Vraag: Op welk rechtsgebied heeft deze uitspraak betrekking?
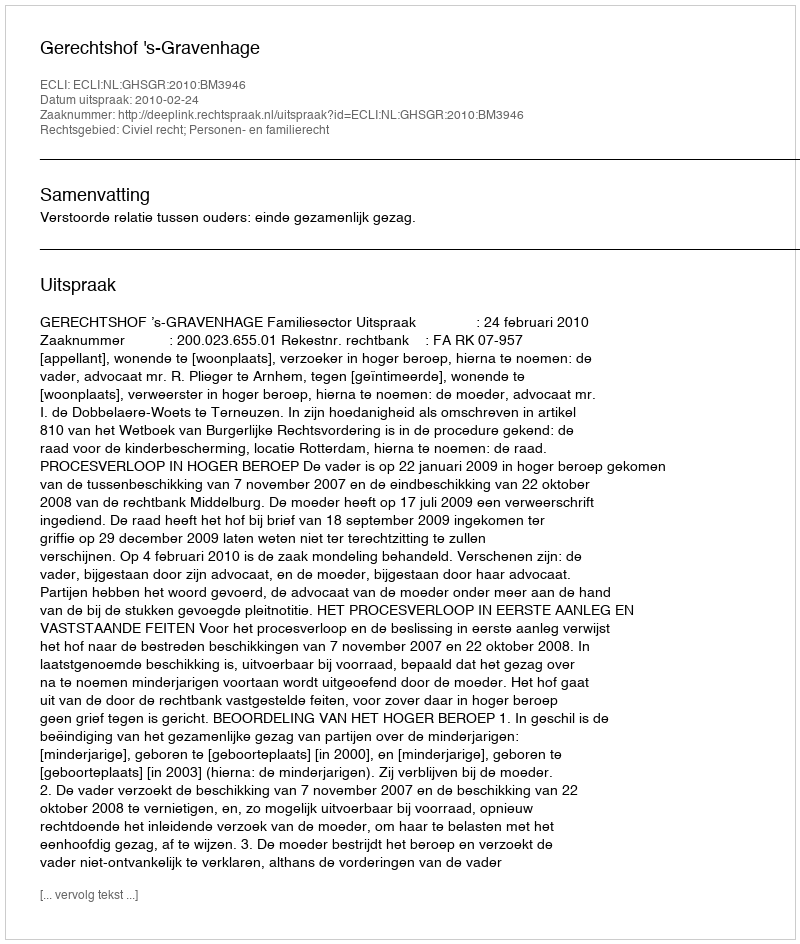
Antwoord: Civiel recht; Personen- en familierecht